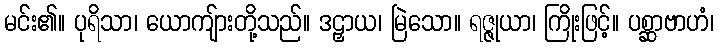
မင်း၏။ ပုရိသာ၊ ယောကျ်ားတို့သည်။ ဒဠှာယ၊ မြဲသော။ ရဇ္ဇုယာ၊ ကြိုးဖြင့်။ ပစ္ဆာဗာဟံ၊